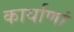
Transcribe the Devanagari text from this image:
कार्याणां